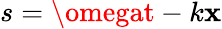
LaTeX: s=\omegat-k\mathbf{x}